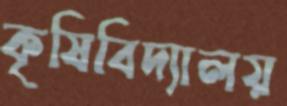
কৃষিবিদ্যালয়